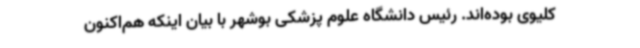
کلیوی بوده‌اند. رئیس دانشگاه علوم پزشکی بوشهر با بیان اینکه هم‌اکنون